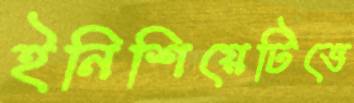
ইনিশিয়েটিভে